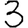
Digit: 3